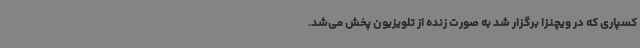
کسپاری که در ویچنزا برگزار شد به صورت زنده از تلویزیون پخش می‌شد.